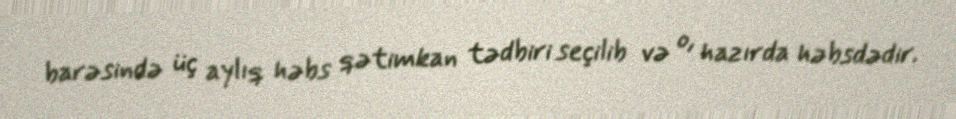
barəsində üç aylıq həbs qətimkan tədbiri seçilib və o, hazırda həbsdədir.